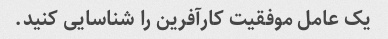
یک عامل موفقیت کارآفرین را شناسایی کنید.